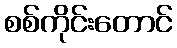
စစ်ကိုင်းတောင်